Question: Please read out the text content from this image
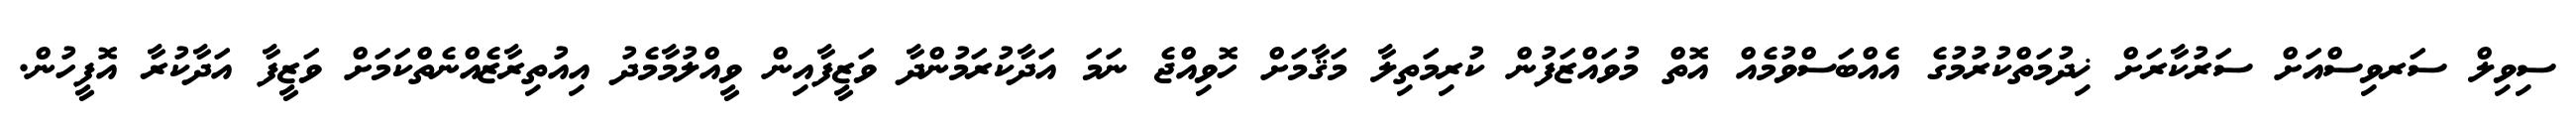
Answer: ސިވިލް ސަރވިސްއަށް ސަރުކާރަށް ޚިދުމަތްކުރުމުގެ އެއްބަސްވުމެއް އޮތް މުވައްޒަފުން ކުރިމަތިލާ މަޤާމަށް ހޮވިއްޖެ ނަމަ އަދާކުރަމުންދާ ވަޒީފާއިން ވީއްލުމާމެދު އިއުތިރާޒެއްނެތްކަމަށް ވަޒީފާ އަދާކުރާ އޮފީހުން.